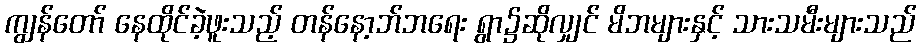
ကျွန်တော် နေထိုင်ခဲ့ဖူးသည့် တန်နော့ဘ်ဘရေး ရွာ၌ဆိုလျှင် မိဘများနှင့် သားသမီးများသည်